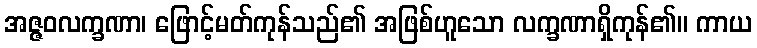
အဇ္ဇဝလက္ခဏာ၊ ဖြောင့်မတ်ကုန်သည်၏ အဖြစ်ဟူသော လက္ခဏာရှိကုန်၏။ ကာယ